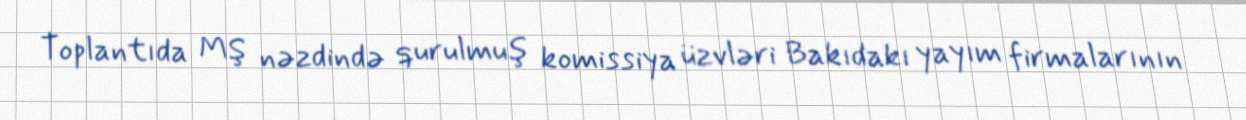
Toplantıda MŞ nəzdində qurulmuş komissiya üzvləri Bakıdakı yayım firmalarının